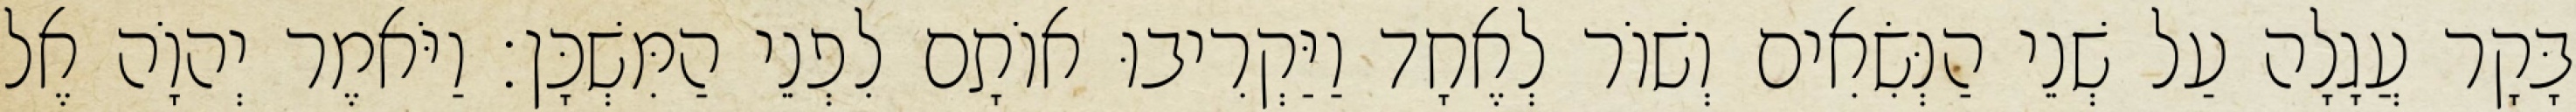
בָּקָר עֲגָלָה עַל שְׁנֵי הַנְּשִׂאִים וְשׁוֹר לְאֶחָד וַיַּקְרִיבוּ אוֹתָם לִפְנֵי הַמִּשְׁכָּן׃ וַיֹּאמֶר יְהוָֹה אֶל